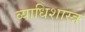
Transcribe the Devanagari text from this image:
व्याधिशास्त्र